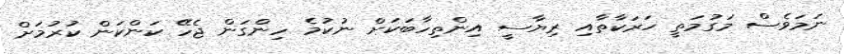
ނަމަވެސް މަގުމަތީ ހަރަކާތާއި ރިޔާސީ އިންތިހާބަކަށް ނުކުމެ ހިންގަން ޖެހޭ ކަންކަން ކުރުމަށް